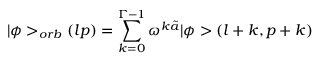
\vert \phi > _ { o r b } ( l p ) = \sum _ { k = 0 } ^ { \Gamma - 1 } \omega ^ { k \tilde { a } } \vert \phi > ( l + k , p + k )